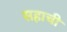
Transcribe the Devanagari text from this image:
सहाची